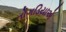
તોગડિયાએ